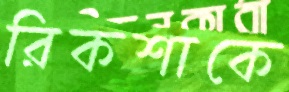
রিকশাকে